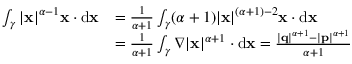
{ \begin{array} { r l } { \int _ { \gamma } | \mathbf { x } | ^ { \alpha - 1 } \mathbf { x } \cdot \mathrm { d } \mathbf { x } } & { = { \frac { 1 } { \alpha + 1 } } \int _ { \gamma } ( \alpha + 1 ) | \mathbf { x } | ^ { ( \alpha + 1 ) - 2 } \mathbf { x } \cdot \mathrm { d } \mathbf { x } } \\ & { = { \frac { 1 } { \alpha + 1 } } \int _ { \gamma } \nabla | \mathbf { x } | ^ { \alpha + 1 } \cdot \mathrm { d } \mathbf { x } = { \frac { | \mathbf { q } | ^ { \alpha + 1 } - | \mathbf { p } | ^ { \alpha + 1 } } { \alpha + 1 } } } \end{array} }